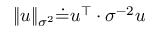
\| u \| _ { \sigma ^ { 2 } } \dot { = } u ^ { \top } \cdot { \sigma } ^ { - 2 } u